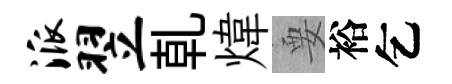
派翌乹煒要裕乞